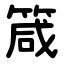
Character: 箴